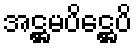
အဋ္ဌမပိဋ္ဌေပိ